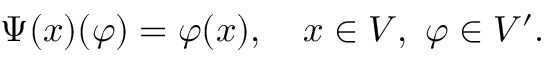
\Psi ( x ) ( \varphi ) = \varphi ( x ) , \quad x \in V , \ \varphi \in V ^ { \prime } .